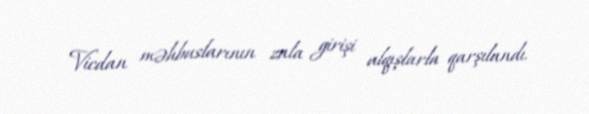
Vicdan məhbuslarının zala girişi alqışlarla qarşılandı.